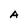
Character: A